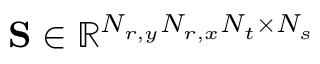
\mathbf { S } \in \mathbb { R } ^ { N _ { r , y } N _ { r , x } N _ { t } \times N _ { s } }